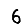
Digit: 6